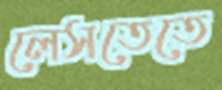
লেসতেতে